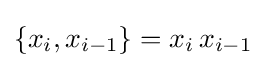
\{x_{i},x_{i-1}\}=x_{i}\,x_{i-1}